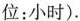
位：小时).